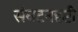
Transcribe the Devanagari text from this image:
संघटनदृष्टी